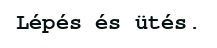
Lépés és ütés.